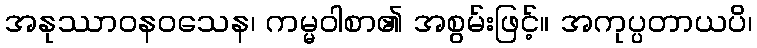
အနုဿာဝနဝသေန၊ ကမ္မဝါစာ၏ အစွမ်းဖြင့်။ အကုပ္ပတာယပိ၊